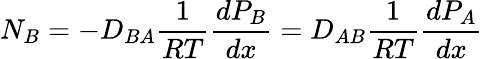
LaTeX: N_{B}=-D_{BA}{\frac{1}{RT}}{\frac{dP_{B}}{dx}}=D_{AB}{\frac{1}{RT}}{\frac{dP_{A}}{dx}}